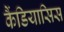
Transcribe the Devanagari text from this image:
कैंडियासिस